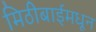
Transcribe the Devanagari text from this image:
मिठीबाईमधून